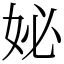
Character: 妼